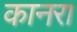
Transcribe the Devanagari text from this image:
कानरा